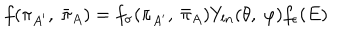
f ( \pi _ { A ^ { \prime } } , \ { \bar { \pi } } _ { A } ) = f _ { \sigma } ( \pi _ { A ^ { \prime } } , \ { \bar { \pi } } _ { A } ) Y _ { l n } ( \theta , \ \varphi ) f _ { \epsilon } ( E )